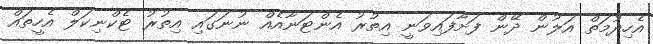
އެހިދުމަތް އަލުން ދޭން ފަށާފައިވަނީ އިތުރު އެންޓަނާއެއް ނުނަގައި އިތުރު ޓެކްނިކަލް އެހީތައް